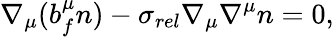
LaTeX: \nabla_{\mu}(b_{f}^{\mu}n)-\sigma_{rel}\nabla_{\mu}\nabla^{\mu}n=0,